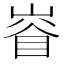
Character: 𡺊